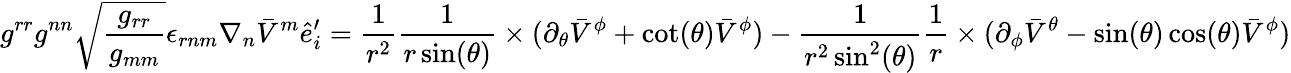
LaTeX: g^{rr}g^{nn}\sqrt{\frac{g_{rr}}{g_{mm}}}\epsilon_{rnm}\nabla_{n}\bar{V}^{m}\hat{e}_{i}^{\prime}=\frac{1}{r^{2}}\frac{1}{r\sin(\theta)}\times(\partial_{\theta}\bar{V}^{\phi}+\cot(\theta)\bar{V}^{\phi})-\frac{1}{r^{2}\sin^{2}(\theta)}\frac{1}{r}\times(\partial_{\phi}\bar{V}^{\theta}-\sin(\theta)\cos(\theta)\bar{V}^{\phi})